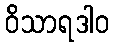
ဝိသာရဒါဝ